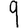
Digit: 9